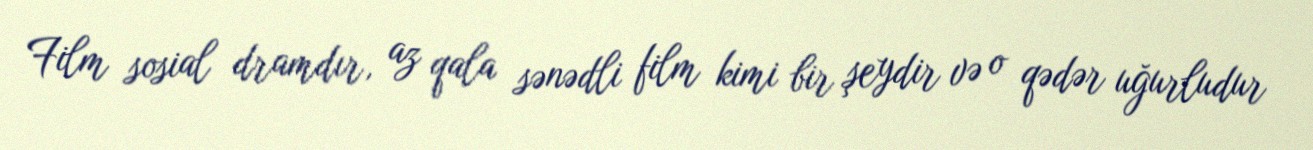
Film sosial dramdır, az qala sənədli film kimi bir şeydir və o qədər uğurludur